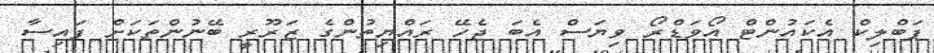
ޕަބްލިކް އެކައުންޓް އޯވަޑްރޯ ވިޔަސް އެބަ ޖެހޭ ރައްޔިތުންގެ ޒަރޫރީ ބޭނުންތަކަށް ފައިސާ